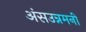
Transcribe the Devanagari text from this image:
अंसउन्नमनी